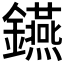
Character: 𨯧